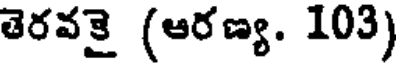
తెరవకై (ఆరణ్య. 103)